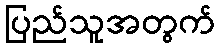
ပြည်သူအတွက်